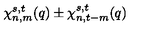
\chi _ { n , m } ^ { s , t } ( q ) \pm \chi _ { n , t - m } ^ { s , t } ( q )